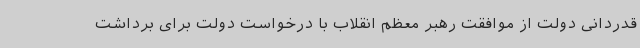
قدردانی دولت از موافقت رهبر معظم انقلاب با درخواست دولت برای برداشت